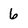
Character: 6